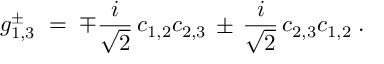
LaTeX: g _ { 1 , 3 } ^ { \pm } \; = \; \mp \frac { i } { \sqrt { 2 } } \, c _ { 1 , 2 } c _ { 2 , 3 } \, \pm \, \frac { i } { \sqrt { 2 } } \, c _ { 2 , 3 } c _ { 1 , 2 } \; .